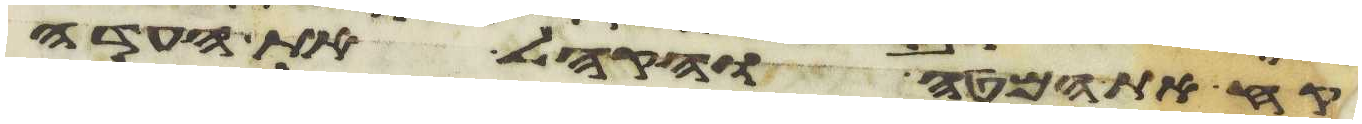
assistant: קח את המטה והקהל את העדה